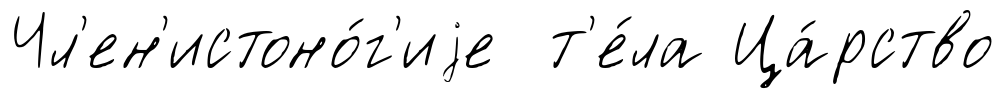
Чл'ен'истоно́г'иjе т'е́ла Ца́рство